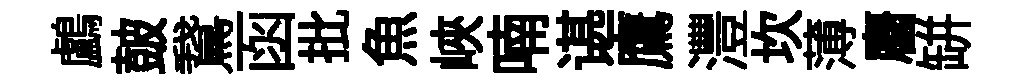
鸕皷鵞函批魚峽喃谌鷹灃坎薄麕缾